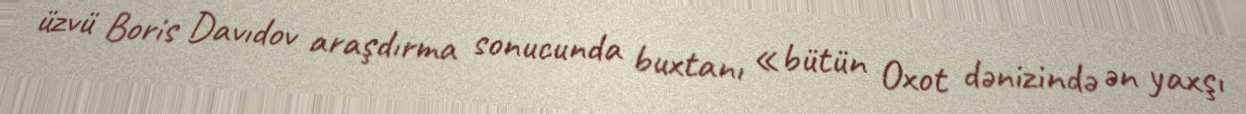
üzvü Boris Davıdov araşdırma sonucunda buxtanı «bütün Oxot dənizində ən yaxşı